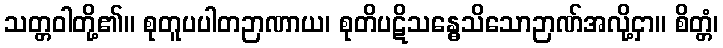
သတ္တဝါတို့၏။ စုတူပပါတဉာဏာယ၊ စုတိပဋိသန္ဓေသိသောဉာဏ်အလို့ငှာ။ စိတ္တံ၊